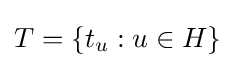
T=\{t_{u}:u\in H\}